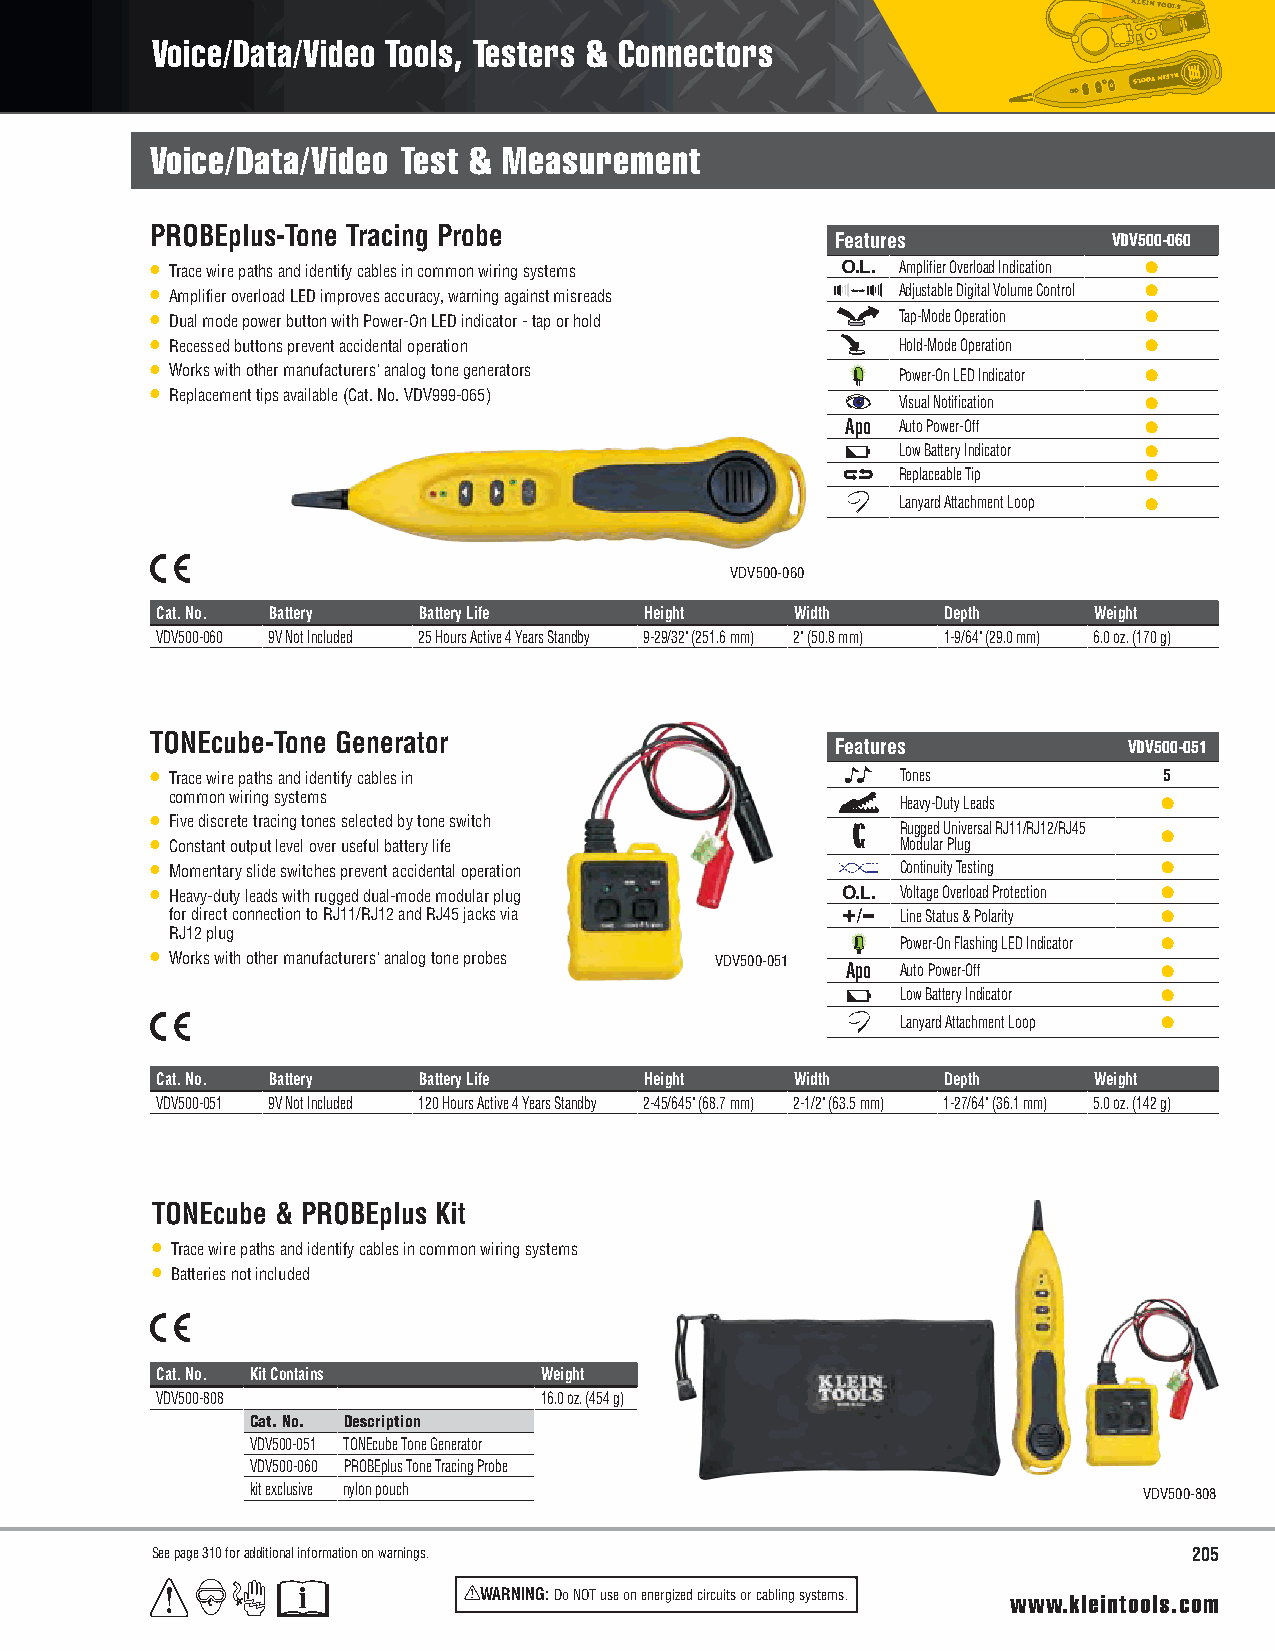
Voice/Data/Video Tools, Testers & Connectors
 Voice/Data/Video Test & Measurement
 PROBEplus-Tone Tracing Probe
 Features           VDV500-060
 • Trace wire paths and identify cables in common wiring systems Amplifier Overload Indication ●
 • Amplifier overload LED improves accuracy, warning against misreads Adjustable Digital Volume Control ●
 • Dual mode power button with Power-On LED indicator - tap or hold Tap-Mode Operation ●
 • Recessed buttons prevent accidental operation   Hold-Mode Operation ●
 • Works with other manufacturers' analog tone generators Power-On LED Indicator ●
 • Replacement tips available (Cat. No. VDV999-065) Visual Notification ●
 Apo Auto Power-Off  ●
 Low Battery Indicator ●
 Replaceable Tip ●
 Lanyard Attachment Loop ●
 VDV500-060
 Cat. No. Battery  Battery Life   Height    Width    Depth     Weight
 VDV500-060 9V Not Included 25 Hours Active 4 Years Standby 9-29/32" (251.6 mm) 2" (50.8 mm) 1-9/64" (29.0 mm) 6.0 oz. (170 g)
 TONEcube-Tone Generator
 Features            VDV500-051
 • Trace wire paths and identify cables in         Tones            5
 common wiring systems                            Heavy-Duty Leads ●
 • Five discrete tracing tones selected by tone switch
 Rugged Universal RJ11/RJ12/RJ45
 • Constant output level over useful battery life  Modular Plug     ●
 • Momentary slide switches prevent accidental operation Continuity Testing ●
 • Heavy-duty leads with rugged dual-mode modular plug Voltage Overload Protection ●
 for direct connection to RJ11/RJ12 and RJ45 jacks via Line Status & Polarity ●
 RJ12 plug
 Power-On Flashing LED Indicator ●
 • Works with other manufacturers' analog tone probes VDV500-051
 Apo Auto Power-Off   ●
 Low Battery Indicator ●
 Lanyard Attachment Loop ●
 Cat. No. Battery  Battery Life   Height    Width    Depth     Weight
 VDV500-051 9V Not Included 120 Hours Active 4 Years Standby 2-45/645" (68.7 mm) 2-1/2" (63.5 mm) 1-27/64" (36.1 mm) 5.0 oz. (142 g)
 TONEcube & PROBEplus Kit
 • Trace wire paths and identify cables in common wiring systems
 • Batteries not included
 Cat. No. Kit Contains     Weight
 VDV500-808                16.0 oz. (454 g)
 Cat. No. Description
 VDV500-051 TONEcube Tone Generator
 VDV500-060 PROBEplus Tone Tracing Probe
 kit exclusive nylon pouch                                  VDV500-808
 See page 310 for additional information on warnings.                 205
 WARNING: Do NOT use on energized circuits or cabling systems. www.kleintools.com